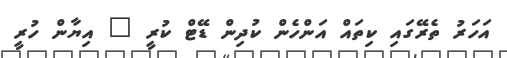
އަހަރު ތެރޭގައި ކިތައް އަންހެން ކުދިން ޑޭޓް ކުރީ " އިޔާން ހުރީ